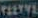
TEETVL